Lunatic asylums Central Provinces reports 1895-1909 - 1895-1909
Year: 1895
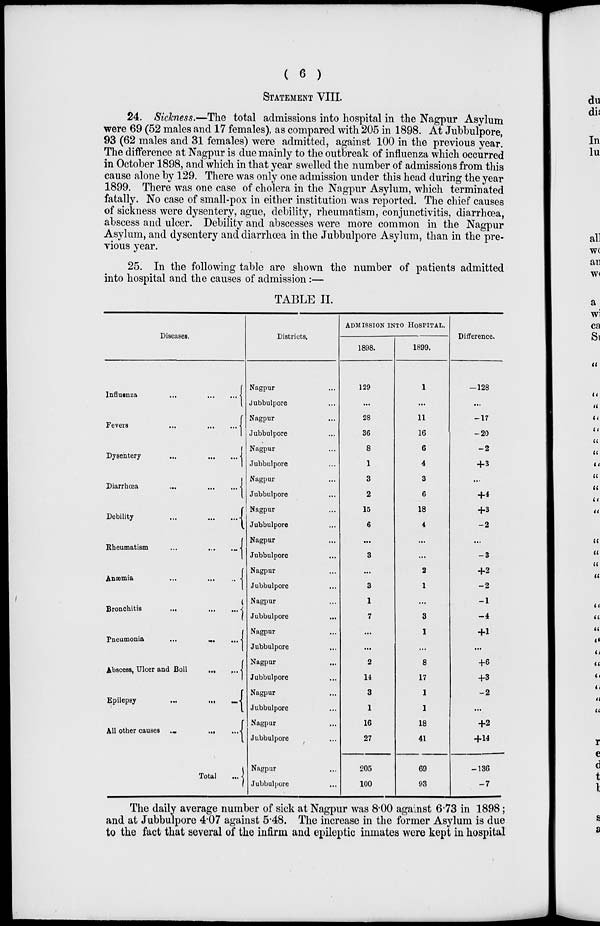
( 6 )
STATEMENT VIII.
24. Sickness.—The total admissions into hospital in the Nagpur Asylum
were 69 (52 males and 17 females), as compared with 205 in 1898. At Jubbulpore,
93 (62 males and 31 females) were admitted, against 100 in the previous year.
The difference at Nagpur is due mainly to the outbreak of influenza which occurred
in October 1898, and which in that year swelled the number of admissions from this
cause alone by 129. There was only one admission under this head during the year
1899. There was one case of cholera in the Nagpur Asylum, which terminated
fatally. No case of small-pox in either institution was reported. The chief causes
of sickness were dysentery, ague, debility, rheumatism, conjunctivitis, diarrhœa,
abscess and ulcer. Debility and abscesses were more common in the Nagpur
Asylum, and dysentery and diarrhœa in the Jubbulpore Asylum, than in the pre-
vious year.
25. In the following table are shown the number of patients admitted
into hospital and the causes of admission:—
TABLE II.
Diseases.
Influenza
...
...
...
Fevers
...
...
...
Dysentery
...
...
...
Diarrhœa
...
...
...
Debility
...
...
...
Rheumatism
...
...
...
Anæmia
...
...
...
Bronchitis ... ... ...
Pneumonia
...
...
...
Abscess, Ulcer and Boil
...
Epilepsy
...
...
...
All other causes
...
...
...
Total
...
Districts.
Nagpur ...
Jubbulpore ...
Nagpur ...
Jubbulpore ...
Nagpur ...
Jubbulpore ...
Nagpur ...
Jubbulpore ...
Nagpur ...
Jubbulpore ...
Nagpur ...
Jubbulpore ...
Nagpur ...
Jubbulpore ...
Nagpur ...
Jubbulpore ...
Nagpur ...
Jubbulpore ...
Nagpur ...
Jubbulpore ...
Nagpur ...
Jubbulpore ...
Nagpur ...
Jubbulpore ...
Nagpur ...
Jubbulpore ...
ADMISSION INTO HOSPITAL.
1898.
129
...
28
36
8
1
3
2
15
6
...
3
...
3
1
7
...
...
2
14
3
1
16
27
205
100
1899.
1
...
11
16
6
4
3
6
18
4
...
...
2
1
...
3
1
...
8
17
1
1
18
41
69
93
Difference.
—128
...
—17
—20
—2
+ 3
...
+ 4
+ 3
—2
...
—3
+ 2
—2
—1
—4
+1
...
+6
+3
—2
...
+2
+14
—136
—7
The daily average number of sick at Nagpur was 8.00 against 6.73 in 1898;
and at Jubbulpore 4.07 against 5.48. The increase in the former Asylum is due
to the fact that several of the infirm and epileptic inmates were kept in hospital